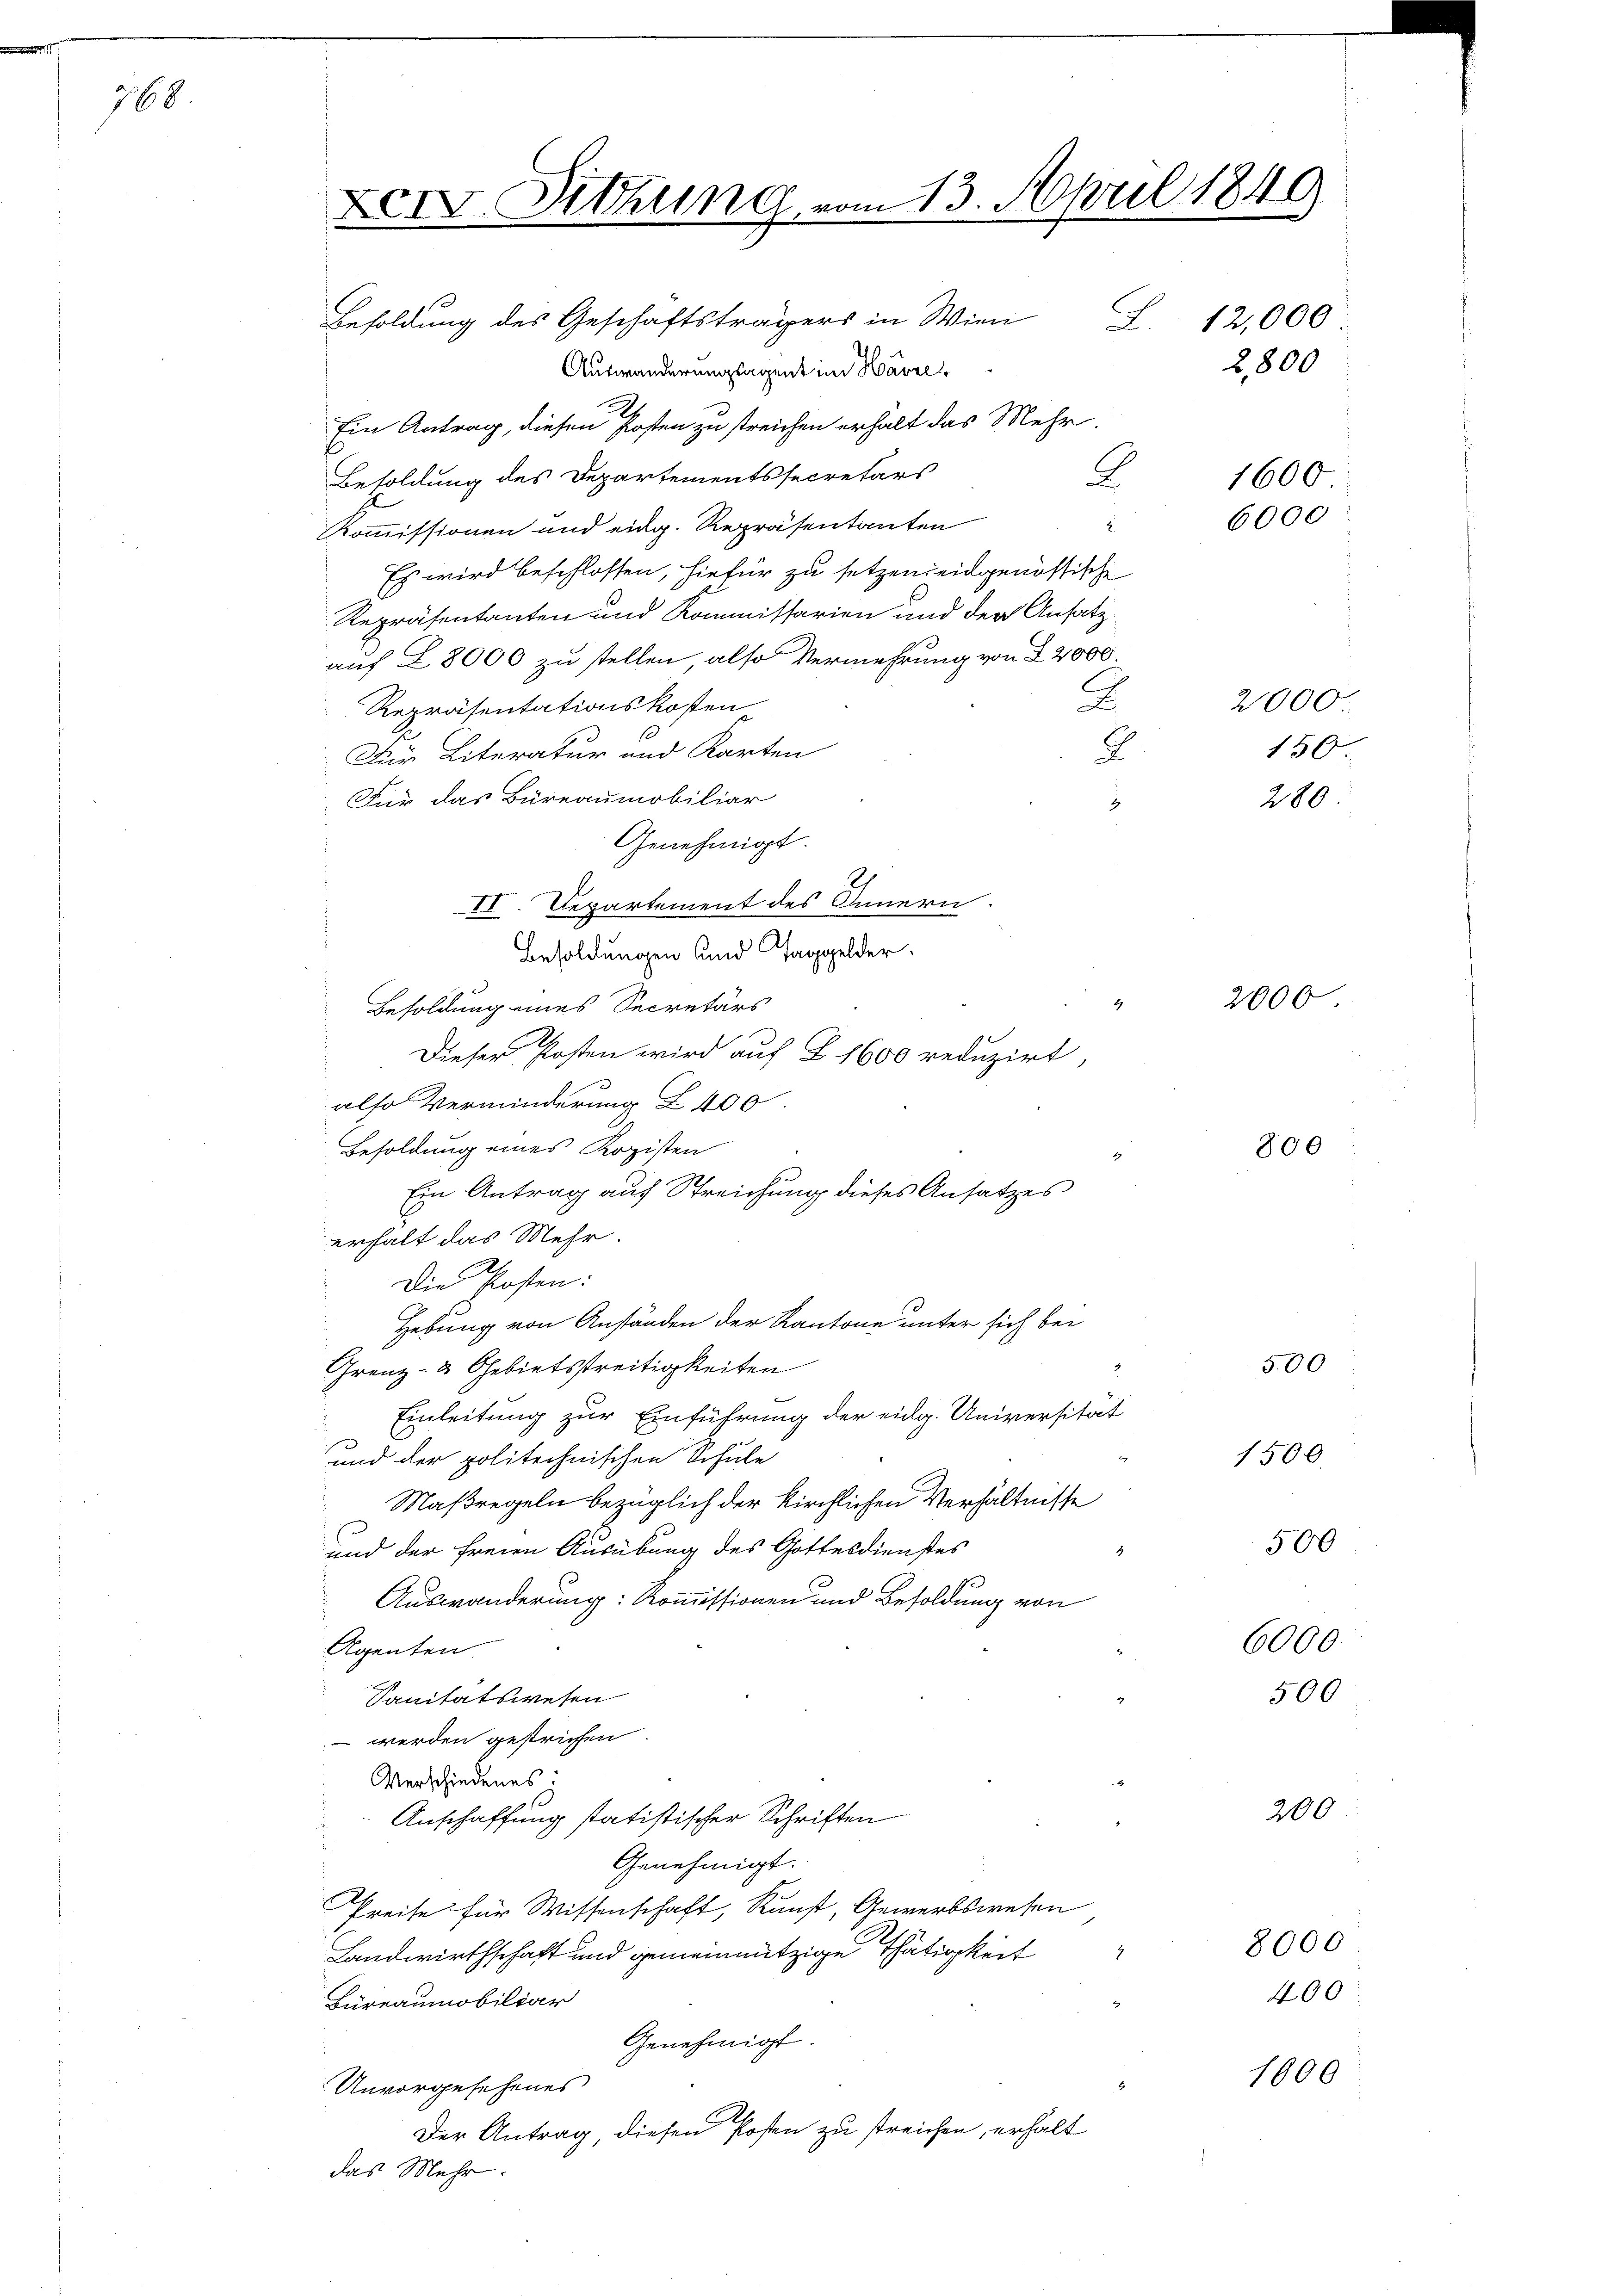
7
768

XIV. Sitzung vom 13. April 1849

Besoldung des Geschäftsträgers in Wien
Auswanderungsagent im Havre
Ein Antrag, diesen Kosten zu streichen erhält das Mehr.
Besoldung des Departementssecretärs
Kommissionen und eidg. Repräsentanten
Es wird beschlossen, hiefür zu setzendeidgenössische
Repräsentanten und Kommissarien und der Ansatz
auf 28000 zu stellen, also Vermehrung von 22000.
.
Repräsentationskosten
Für Literatur und Karten
8
Für das Bureaumobiliar
Genehmigt.
2.
II. Departement des Innern.
Besoldungen und Taggelder.
Besoldung eines Secretärs
Dieser Posten wird auf § 1600 reduzirt,
also Verminderung Z 400.
Besoldung eines Kopisten
Ein Antrag auf Streichung dieses Ansatzes
erhalt das Mehr.
Die Posten:
Hebung von Anständen der Kantone unter sich bei
Grenz- & Gebietsstreitigkeiten
Einleitung zur Einführung der eidg. Universität
und der politechnischen Schule
Maßregeln bezüglich der kirchlichen Verhältnisse
und der freien Ausübung des Gottesdienstes
Auswanderung: Kommissionen und Besoldung von
Agenten
Sanitätswesen
 werden gestrichen
Verschiedenes:
Anschaffung statistischer Schriften
Genehmigt.
Preise für Wissenschaft, Kunst, Gewerbswesen
Landwirthschaft und gemeinnützige Thätigkeit
Büreaumobiliar
Genehmigt.
Unvorgesehenes
Der Antrag diesen Posten zu streichen, erhalt
das Mehr.

L. 12,000
G. 1600
6000

4

2,800

2000
150

2000

800

1500

280

500

500

8000

200

500
6000

400

1000